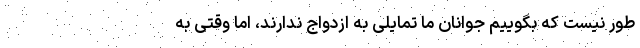
طور نیست که بگوییم جوانان ما تمایلی به ازدواج ندارند، اما وقتی به